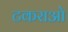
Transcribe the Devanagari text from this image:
टकराओ